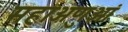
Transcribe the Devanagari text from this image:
महाअणुओं